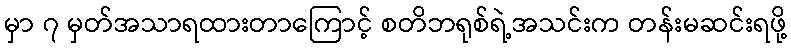
မှာ ၇ မှတ်အသာရထားတာကြောင့် စတိဘရုစ်ရဲ့အသင်းက တန်းမဆင်းရဖို့